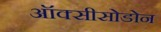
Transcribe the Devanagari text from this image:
ऑक्सीसोडोन